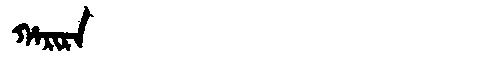
Manchu: ᡥᠠᡵᡳᡵᠠ
Romanization: HARIRA